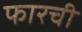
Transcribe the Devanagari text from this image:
फारची